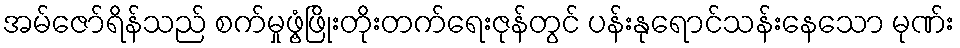
အမ်ဇော်ရိန်သည် စက်မှုဖွံ့ဖြိုးတိုးတက်ရေးဇုန်တွင် ပန်းနုရောင်သန်းနေသော မုဏ်း